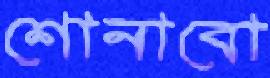
শোনাবো